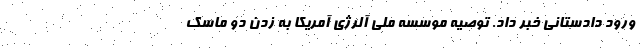
ورود دادستانی خبر داد. توصیه موسسه ملی آلرژی آمریکا به زدن دو ماسک